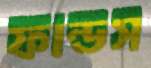
ফান্ডস